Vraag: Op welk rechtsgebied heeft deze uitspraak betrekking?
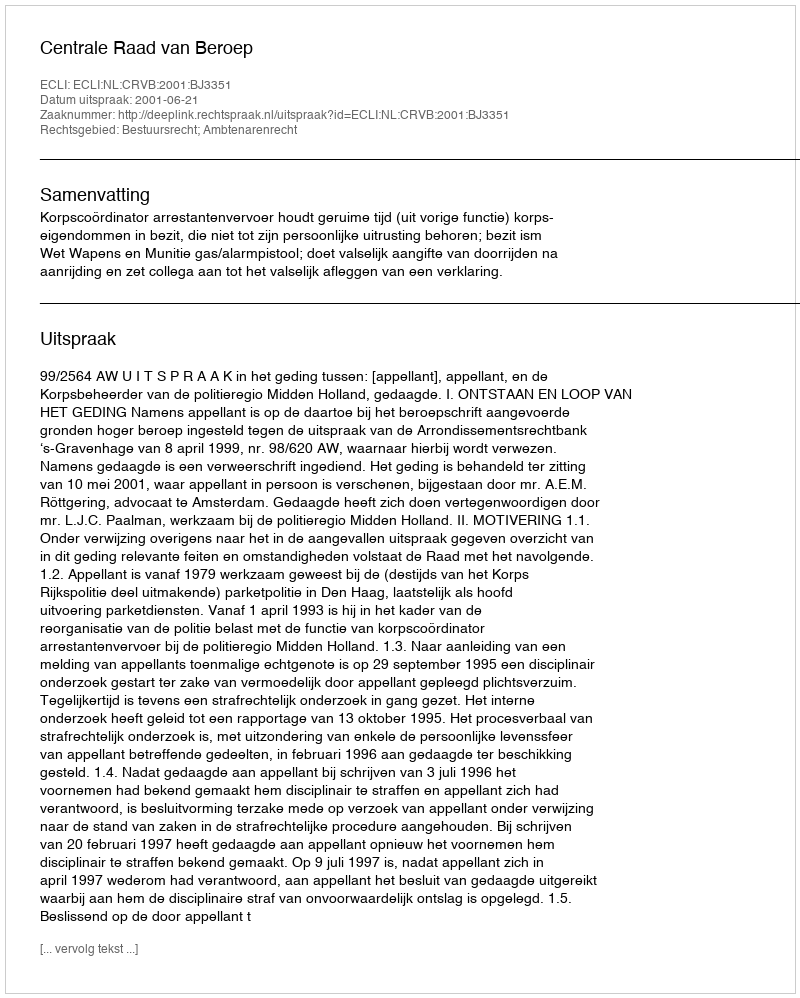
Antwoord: Bestuursrecht; Ambtenarenrecht